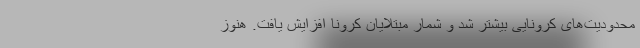
محدودیت‌های کرونایی بیشتر شد و شمار مبتلایان کرونا افزایش یافت. هنوز